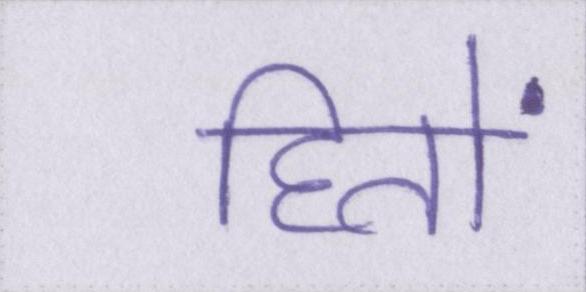
हितों